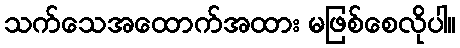
သက်သေအထောက်အထား မဖြစ်စေလိုပါ။